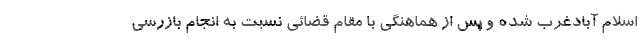
اسلام آبادغرب شده و پس از هماهنگی با مقام قضائی نسبت به انجام بازرسی